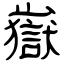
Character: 嶽